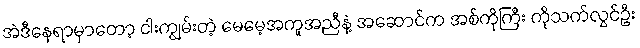
အဲဒီနေရာမှာတော့ ငါးကျွမ်းတဲ့ မေမေ့အကူအညီနဲ့ အဆောင်က အစ်ကိုကြီး ကိုသက်လွင်ဦး